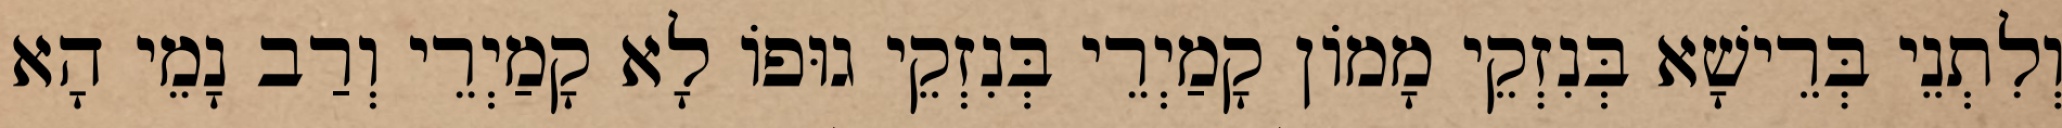
וְלִתְנֵי בְּרֵישָׁא בְּנִזְקֵי מָמוֹן קָמַיְרֵי בְּנִזְקֵי גוּפוֹ לָא קָמַיְרֵי וְרַב נָמֵי הָא